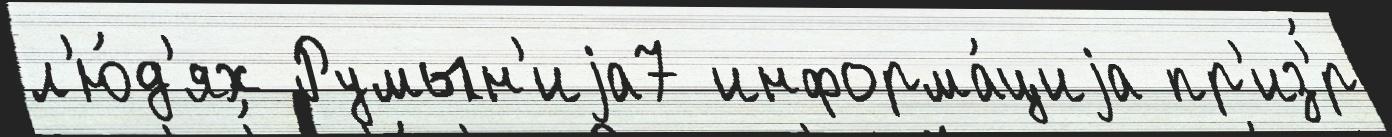
л'ю́д'ях Румын'иjа7 информа́циjа пр'из'́р